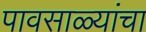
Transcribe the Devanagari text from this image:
पावसाळ्यांचा